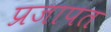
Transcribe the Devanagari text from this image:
प्रजापत